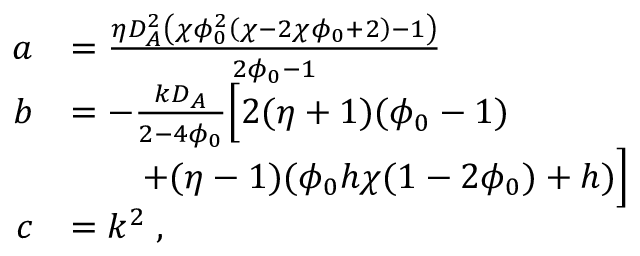
\begin{array} { r l } { a } & { = \frac { \eta D _ { A } ^ { 2 } \left( \chi \phi _ { 0 } ^ { 2 } \left( \chi - 2 \chi \phi _ { 0 } + 2 \right) - 1 \right) } { 2 \phi _ { 0 } - 1 } } \\ { b } & { = - \frac { k D _ { A } } { 2 - 4 \phi _ { 0 } } \Bigl [ 2 ( \eta + 1 ) ( \phi _ { 0 } - 1 ) } \\ & { \qquad + ( \eta - 1 ) ( \phi _ { 0 } h \chi ( 1 - 2 \phi _ { 0 } ) + h ) \Bigr ] } \\ { c } & { = k ^ { 2 } \; , } \end{array}